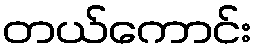
တယ်ကောင်း